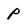
Character: p